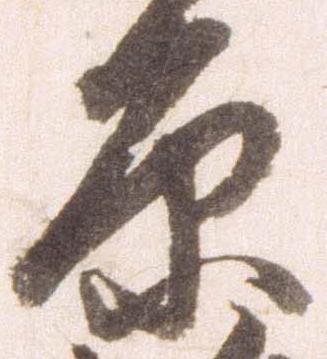
原